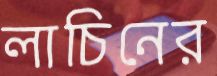
লাচিনের